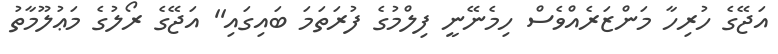
އަޖޭގެ ހުރިހާ މަންޒަރެއްވެސް ހިމެނޭނީ ފިލްމުގެ ފުރަތަމަ ބައިގައި'' އަޖޭގެ ރޯލުގެ މަޢުލޫމާތު